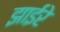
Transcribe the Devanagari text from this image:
झाईरे